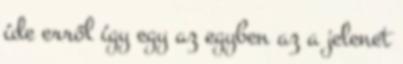
íde erről így egy az egyben az a jelenet